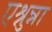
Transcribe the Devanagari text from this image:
एश्नुन्ना